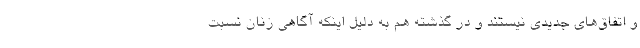
و اتفاق‌های جدیدی نیستند و در گذشته هم به دلیل اینکه آگاهی زنان نسبت